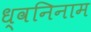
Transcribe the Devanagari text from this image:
ध्वनिनाम